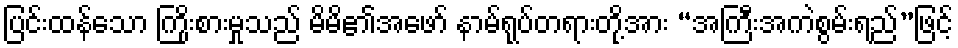
ပြင်းထန်သော ကြိုးစားမှုသည် မိမိ၏အဖော် နာမ်ရုပ်တရားတို့အား “အကြီးအကဲစွမ်းရည်”ဖြင့်